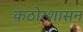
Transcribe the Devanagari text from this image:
कठोरशासन